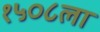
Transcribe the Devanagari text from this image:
१५०८ला